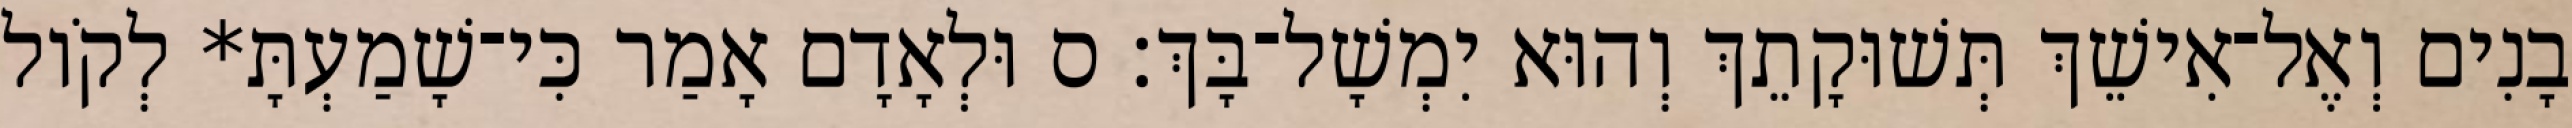
בָנִים וְאֶל־אִישֵׁךְ תְּשׁוּקָתֵךְ וְהוּא יִמְשָׁל־בָּךְ׃ ס וּלְאָדָם אָמַר כִּי־שָׁמַעְתָּ* לְקֹול